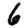
Digit: 6